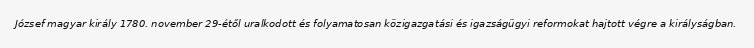
József magyar király 1780. november 29-étől uralkodott és folyamatosan közigazgatási és igazságügyi reformokat hajtott végre a királyságban.